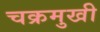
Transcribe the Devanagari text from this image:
चक्रमुखी